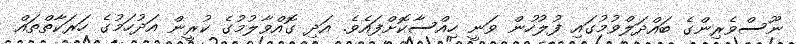
ނޫސްވެރިންގެ ބައްދަލްވުމުގައި ފުލުހުން ވަނީ ހިއްސާކޮށްފައެވެ. އަދި ގޮއްވާލުމުގެ ކުރީން އަދުހަމުގެ ހަރަކާތްތައް